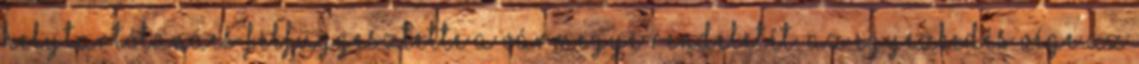
Helytartótanács felfüggesztette a vármegye rendeletét. Az egyezkedés vége az